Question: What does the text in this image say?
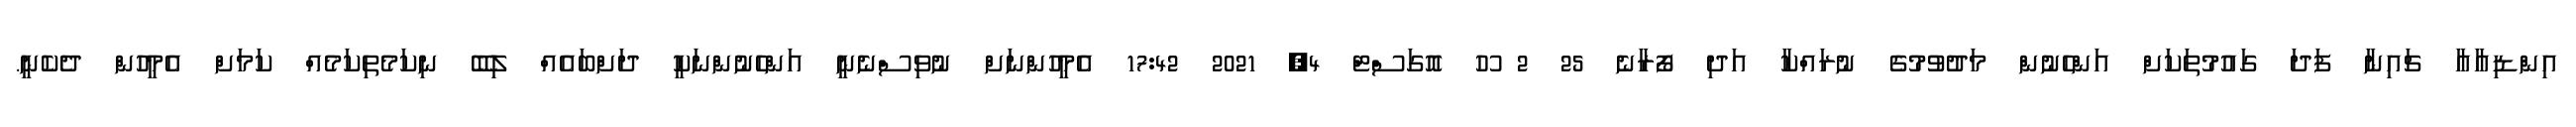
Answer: އިންޑިއާއާ ޗައިނާ ފަދަ ގައުމުތަކަށް އަންހެނުން މަދުވުމުގެ ނުރައްކާ އަދި ފޯރާނެ 25 2 ހޫ އޮގަސްޓް 4, 2021 17:42 އެމީހުންނަށް ނުވިސްނެނީ އަންހެނުންނަކީ ދަށްބައެއް ލިބޭ ނިކަމެތިކަމެއް ކަމަށް އެމީހުން ދެކެނީ.